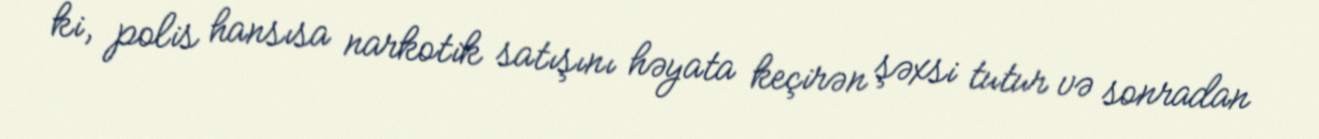
ki, polis hansısa narkotik satışını həyata keçirən şəxsi tutur və sonradan